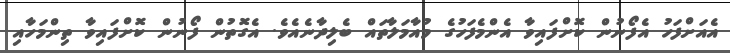
އެއަށްފަހު އެފޯނުން ކޮށްފައިވާ އެންމެފަހުގެ މުއާމަލާތައް ބެލިދާނެއެވެ. އެގޮތުން ފޯނުން ކޮށްފައިވާ ތިންމަހާއި